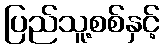
ပြည်သူ့စစ်နှင့်